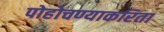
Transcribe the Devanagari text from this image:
पोहोचण्याकरिता